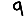
Digit: 9